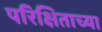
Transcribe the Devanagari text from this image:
परिक्षिताच्या